Lunatic asylums Central Provinces reports 1910-1926 - 1910-1926
Year: 1910
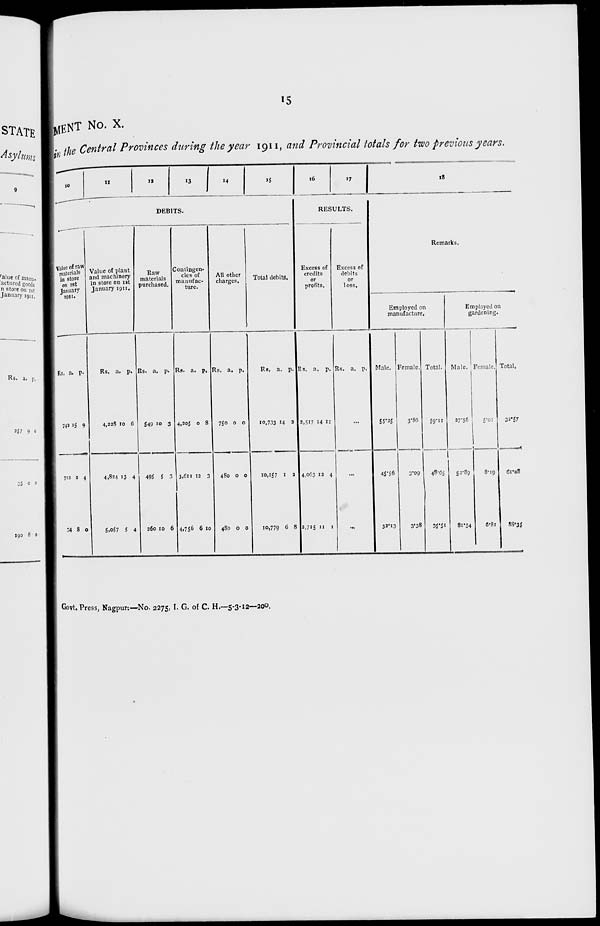
15
MENT No. X.
in the Central Provinces during the year 1911, and Provincial totals for two previous years.
10
11
12
13 14
15
DEBITS.
Value of raw
materials
in store
on 1st
January
1911.
Rs.
742
712
34
a.
15
2
8
p.
9
4
0
Value of plant
and machinery
in store on 1st
January 1911.
Rs.
4,228
4,824
5,057
a.
10
13
5
p.
6
4
4
Raw
materials
purchased.
Rs.
549
495
260
a.
10
5
10
p.
3
3
6
Contingen-
cies of
manufac-
ture.
Rs.
4,205
3,611
4,756
a.
0
12
6
p.
8
3
10
All other
charges.
Rs.
750
480
480
a.
0
0
0
p.
0
0
0
Total debits.
Rs.
10,733
10,157
10,779
a.
14
1
6
p.
2
2
8
16
17
RESULTS.
Excess of
credits
or
profits.
Rs.
2,517
4,063
2,715
a.
14
12
11
p.
11
4
1
Excess of
debits
or
loss.
Rs. a. p.
...
...
...
18
Remarks.
Employed on
manufacture.
Male.
55.35
45.56
32.13
Female.
3.86
3.09
3.38
Total.
59.11
48.65
35.51
Employed on
gardening.
Male.
27.56
52.89
81.54
Female.
5.01
8.19
6.81
Total.
32.57
61.08
88.35
Govt. Press, Nagpur:—No. 2275, I. G. of C H.—5-3-12—200.